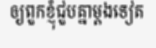
ឲ្យពួកខ្ញុំជួបគ្នាម្តងទៀត